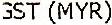
GST (MYR)